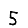
Digit: 5